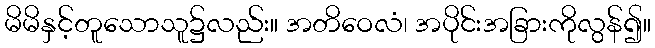
မိမိနှင့်တူသောသူ၌လည်း။ အတိဝေလံ၊ အပိုင်းအခြားကိုလွန်၍။